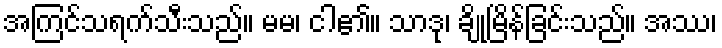
အကြင်သရက်သီးသည်။ မမ၊ ငါ၏။ သာဒု၊ ချိုမြိန်ခြင်းသည်။ အဿ၊